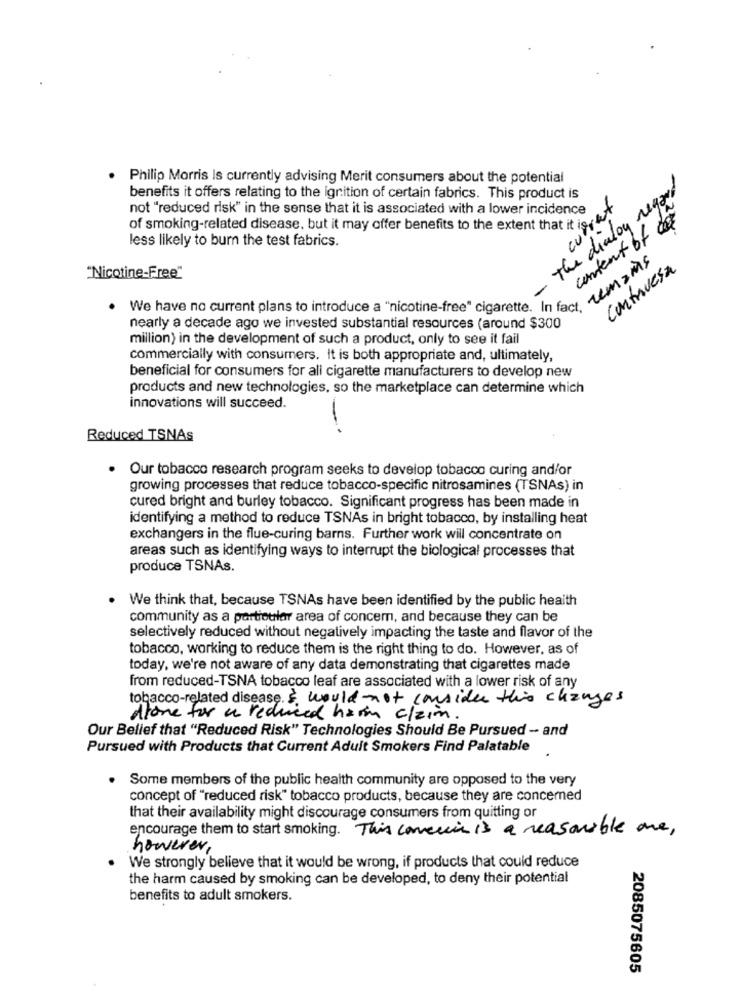
. Philip Morris Is currently advising Merit consumers about the potential
The dealoy regard
benefits it offers relating to the ignition of certain fabrics. This product is
current
not "reduced risk" in the sense that it is associated with a lower incidence
content of
of smoking-related disease, but it may offer benefits to the extent that it ises
less likely to burn the test fabrics.
remains
Continuesa
"Nicotine-Free"
We have no current plans to introduce a "nicotine-free" cigarette. In fact,
nearly a decade ago we invested substantial resources (around $300
million) in the development of such a product, only to see it fail
commercially with consumers. It is both appropriate and, ultimately,
beneficial for consumers for all cigarette manufacturers to develop new
products and new technologies, so the marketplace can determine which
innovations will succeed.
Reduced TSNAs
Our tobacco research program seeks to develop tobacco curing and/or
growing processes that reduce tobacco-specific nitrosamines (TSNAs) in
cured bright and burley tobacco. Significant progress has been made in
identifying a method to reduce TSNAs in bright tobacco, by installing heat
exchangers in the flue-curing barns. Further work will concentrate on
areas such as identifying ways to interrupt the biological processes that
produce TSNAs.
We think that, because TSNAs have been identified by the public health
community as a particular area of concem, and because they can be
selectively reduced without negatively impacting the taste and flavor of the
tobacco, working to reduce them is the right thing to do. However, as of
today, we're not aware of any data demonstrating that cigarettes made
from reduced-TSNA tobacco leaf are associated with a lower risk of any
tobacco-related disease. $ would not consider this changes
Atone for a reduced ham claim
Our Belief that "Reduced Risk" Technologies Should Be Pursued - and
Pursued with Products that Current Adult Smokers Find Palatable
Some members of the public health community are opposed to the very
concept of "reduced risk" tobacco products, because they are concerned
that their availability might discourage consumers from quitting or
encourage them to start smoking. This comercia is a reasonable one,
however,
We strongly believe that it would be wrong, if products that could reduce
the harm caused by smoking can be developed, to deny their potential
benefits to adult smokers.
2085075605